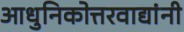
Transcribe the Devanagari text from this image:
आधुनिकोत्तरवाद्यांनी